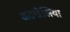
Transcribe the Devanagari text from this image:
अठखेलिया